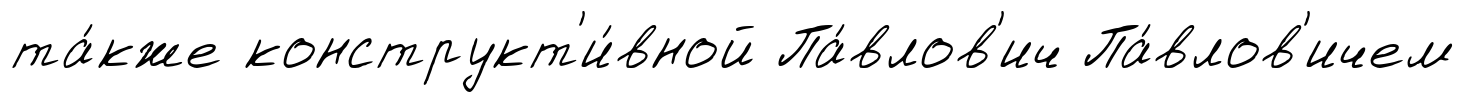
та́кже конструкт'и́вной Па́влов'ич Па́влов'ичем